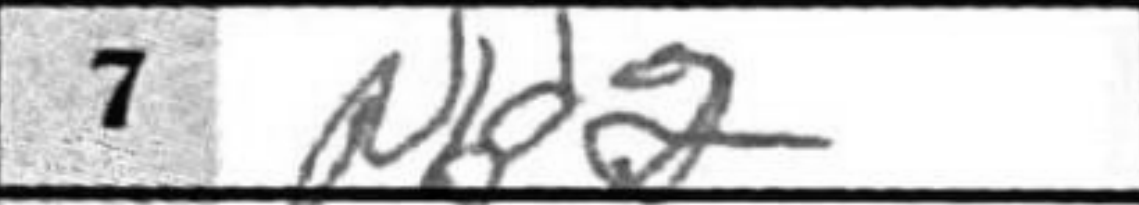
Transcription: N82